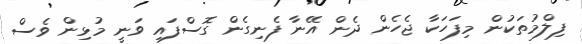
ފިލްމުތަކުން މިފަހަކާ ޖެހެން ދެން އޭނާ ފެނިގެން ގޮސްފައި ވަނީ މުޅިން ވެސް